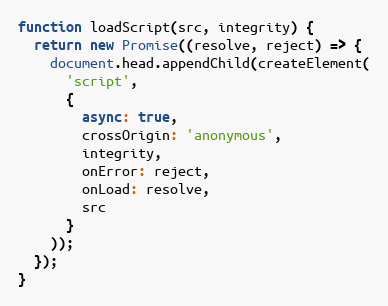
Language: JavaScript
function loadScript(src, integrity) {
  return new Promise((resolve, reject) => {
    document.head.appendChild(createElement(
      'script',
      {
        async: true,
        crossOrigin: 'anonymous',
        integrity,
        onError: reject,
        onLoad: resolve,
        src
      }
    ));
  });
}